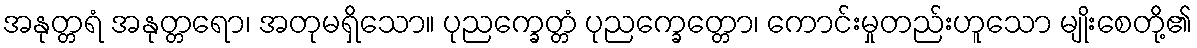
အနုတ္တရံ အနုတ္တရော၊ အတုမရှိသော။ ပုညက္ခေတ္တံ ပုညက္ခေတ္တော၊ ကောင်းမှုတည်းဟူသော မျိုးစေတို့၏